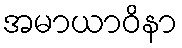
အမာယာဝိနာ